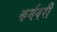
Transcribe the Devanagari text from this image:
कर्मवरी